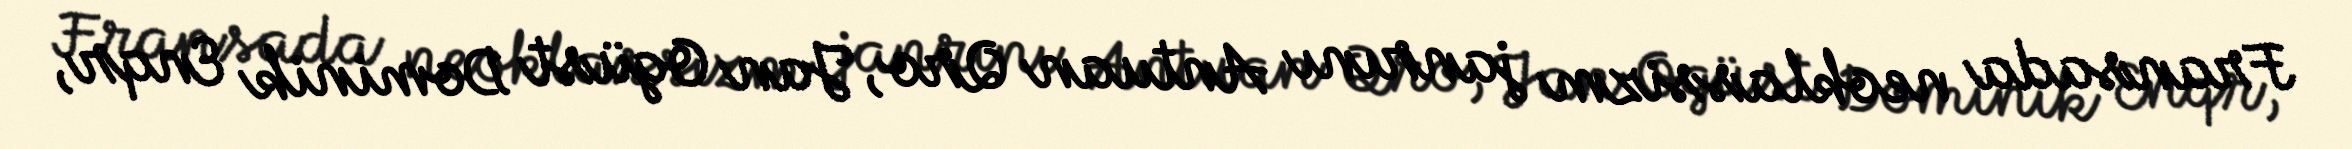
Fransada neoklassizm janrını Antuan Qro, Jan Ogüst Dominik Enqr,